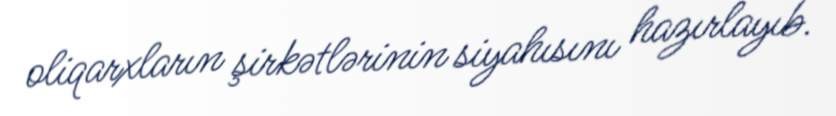
oliqarxların şirkətlərinin siyahısını hazırlayıb.